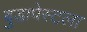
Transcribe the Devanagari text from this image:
बुडापेस्टला